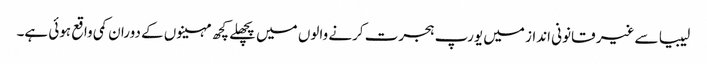
لیبیا سے غیر قانونی انداز میں یورپ ہجرت کرنے والوں میں پچھلے کچھ مہینوں کے دوران کمی واقع ہوئی ہے۔